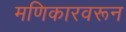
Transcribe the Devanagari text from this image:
मणिकारवरून